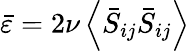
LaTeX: \bar{\varepsilon}=2\nu\left\langle\bar{S}_{ij}\bar{S}_{ij}\right\rangle